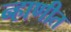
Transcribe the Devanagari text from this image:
न्हाणीत